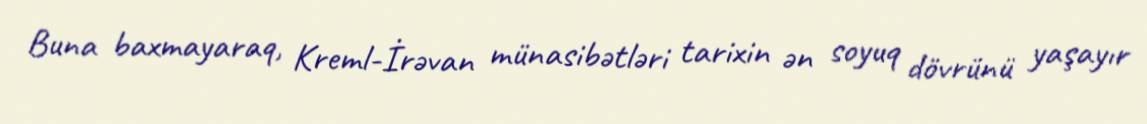
Buna baxmayaraq, Kreml-İrəvan münasibətləri tarixin ən soyuq dövrünü yaşayır